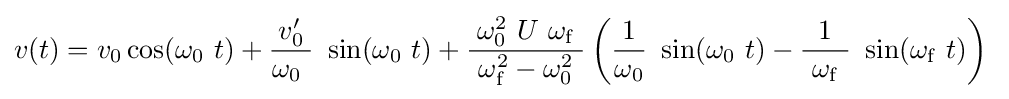
v(t)=v_{0}\cos(\omega _{0}\ t)+{\frac {v'_{0}}{\omega _{0}\ }}\ \sin(\omega _{0}\ t)+{\frac {\omega _{0}^{2}\ U\ \omega _{\mathrm {f} }}{\ \omega _{\mathrm {f} }^{2}-\omega _{0}^{2}\ }}\left({\frac {1}{\omega _{0}}}\ \sin(\omega _{0}\ t)-{\frac {1}{\ \omega _{\mathrm {f} }\ }}\ \sin(\omega _{\mathrm {f} }\ t)\right)\;